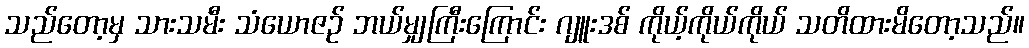
သည်တော့မှ သားသမီး သံယောဇဉ် ဘယ်မျှကြီးကြောင်း ဂျူးဒစ် ကိုယ့်ကိုယ်ကိုယ် သတိထားမိတော့သည်။